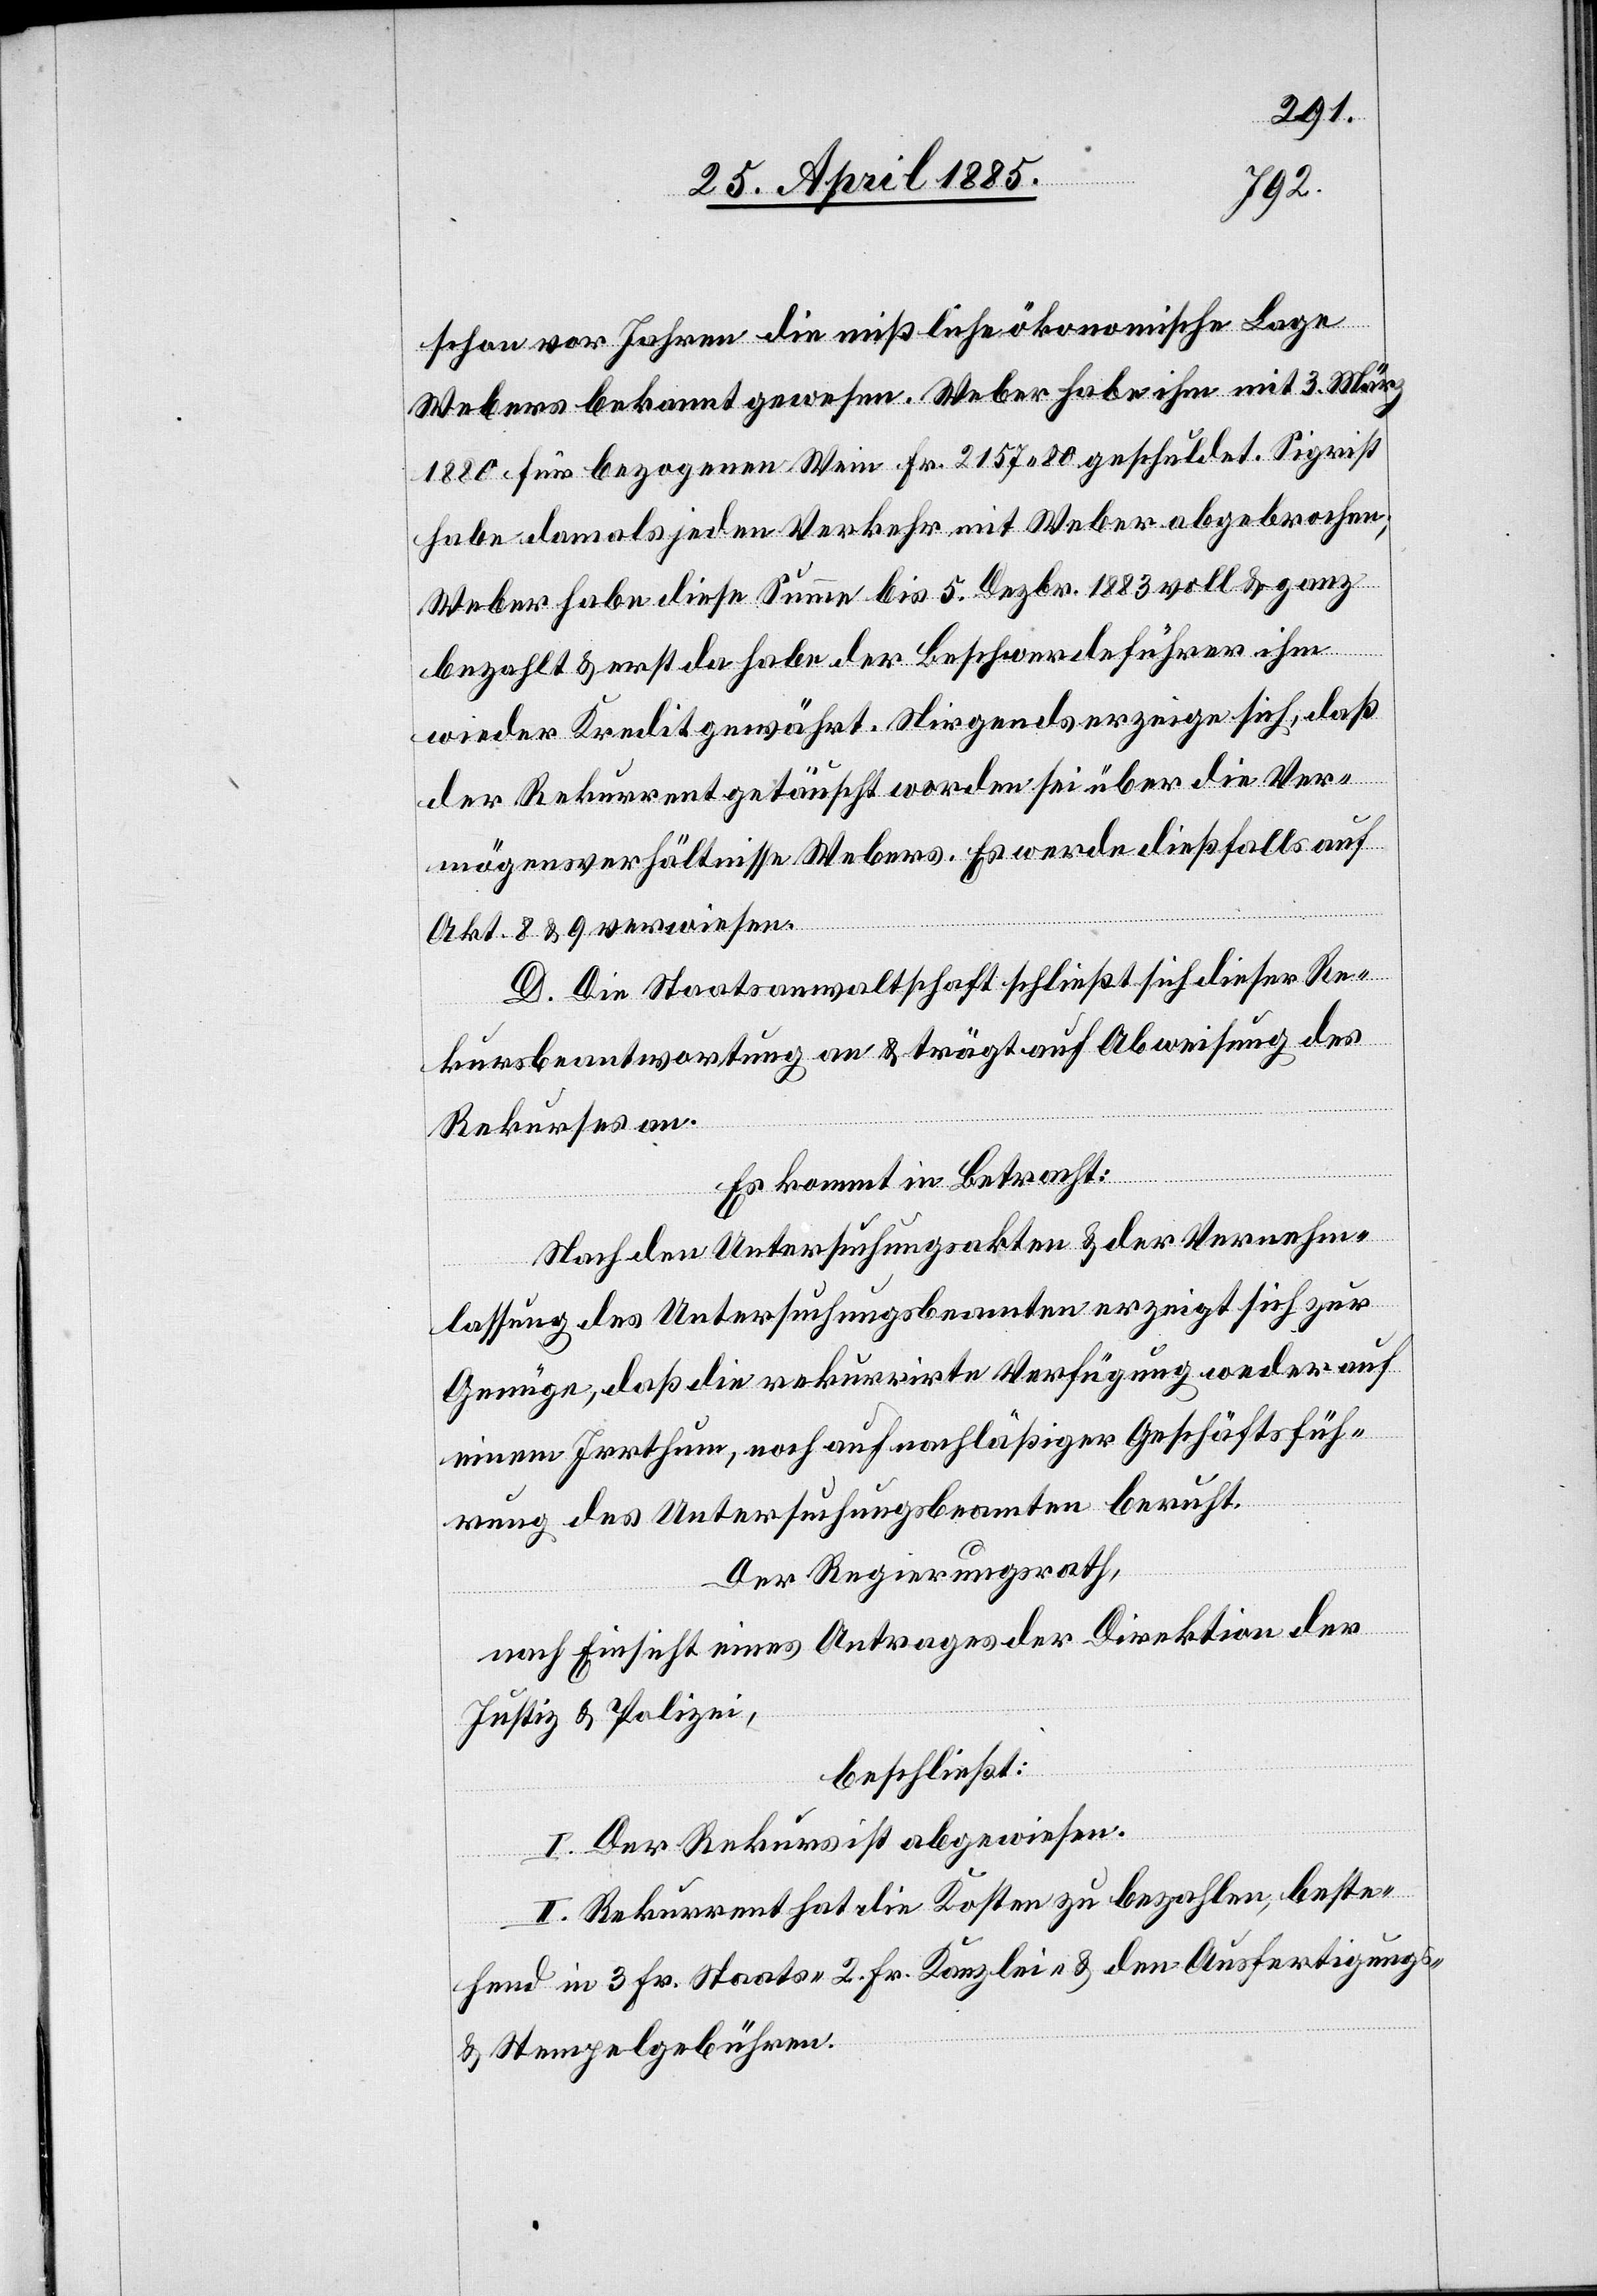
schon vor Jahren die mißliche ökonomische Lage
Webers bekannt gewesen. Weber habe ihm mit 3. März
1880 für bezogenen Wein Fr. 2157 80 geschuldet. Sigrist
habe damals jeden Verkehr mit Weber abgebrochen;
Weber habe diese Summe bis 5. Dezbr. 1883 voll & ganz
bezahlt & erst da habe der Beschwerdeführer ihm
wieder Kredit gewährt. Nirgends erzeige sich, daß
der Rekurrent getäuscht worden sei über die Ver¬
mögensverhältnisse Webers. Es werde dießfalls auf
Akt. 8 & 9 verwiesen.
D. Die Staatsanwaltschaft schließt sich dieser Re¬
kursbeantwortung an & trägt auf Abweisung des
Rekurses an.
Es kommt in Betracht:
Nach den Untersuchungsakten & der Vernehm¬
lassung des Untersuchungsbeamten erzeigt sich zur
Genüge, daß die rekurrirte Verfügung weder auf
einem Irrthum, noch auf nachläßiger Geschäftsfüh¬
rung des Untersuchungsbeamten beruht.
Der Regierungsrath,
nach Einsicht eines Antrages der Direktion der
Justiz & Polizei,
beschließt:
I. Der Rekurs ist abgewiesen.
II. Rekurrent hat die Kosten zu bezahlen, beste¬
hend in 3 Fr. Staats-[,] 2 Fr. Kanzlei- & den Ausfertigungs-
& Stempelgebühren.